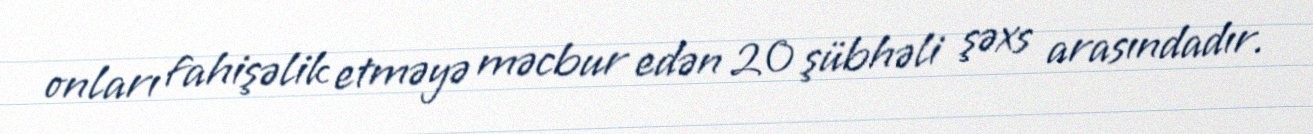
onları fahişəlik etməyə məcbur edən 20 şübhəli şəxs arasındadır.